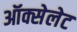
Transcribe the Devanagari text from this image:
ऑक्सेलेट